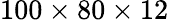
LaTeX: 100\times 80\times 12